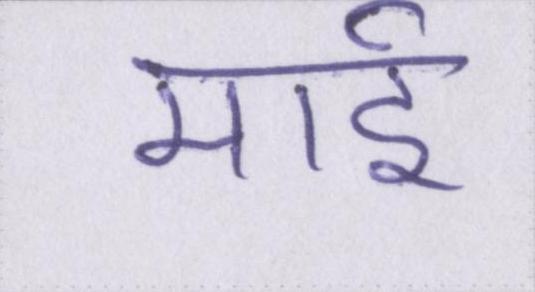
माई